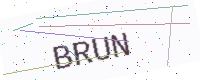
Text: BRUN